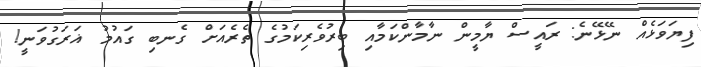
ފިޔަވަޅެއް ނޭޅޭނެ: ރައީސް ޔާމީން ނާމާންކަމާއި ބިރުވެރިކަމުގެ ތެރެއަށް ގެނބި ގައުމު ޣަރަގުވަނީ!